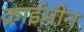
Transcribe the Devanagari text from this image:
क्राईमीन